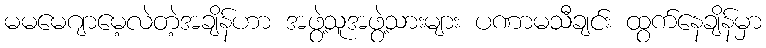
မမမေဂျာမေ့လဲတဲ့အချိန်ဟာ အဖွဲ့သူအဖွဲ့သားများ ပဏာမသီချင်း ထွက်နေချိန်မှာ